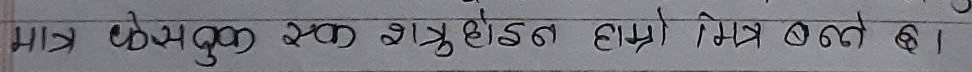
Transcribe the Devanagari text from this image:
मात्र फेसबुक एक शत्रुहीन हाम्रो मित्र बन्न छ।